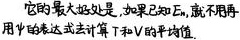
它的最大好处是，如果已知 \(E_n\)，就不用再